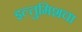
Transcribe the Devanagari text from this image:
इल्तुमिशचा